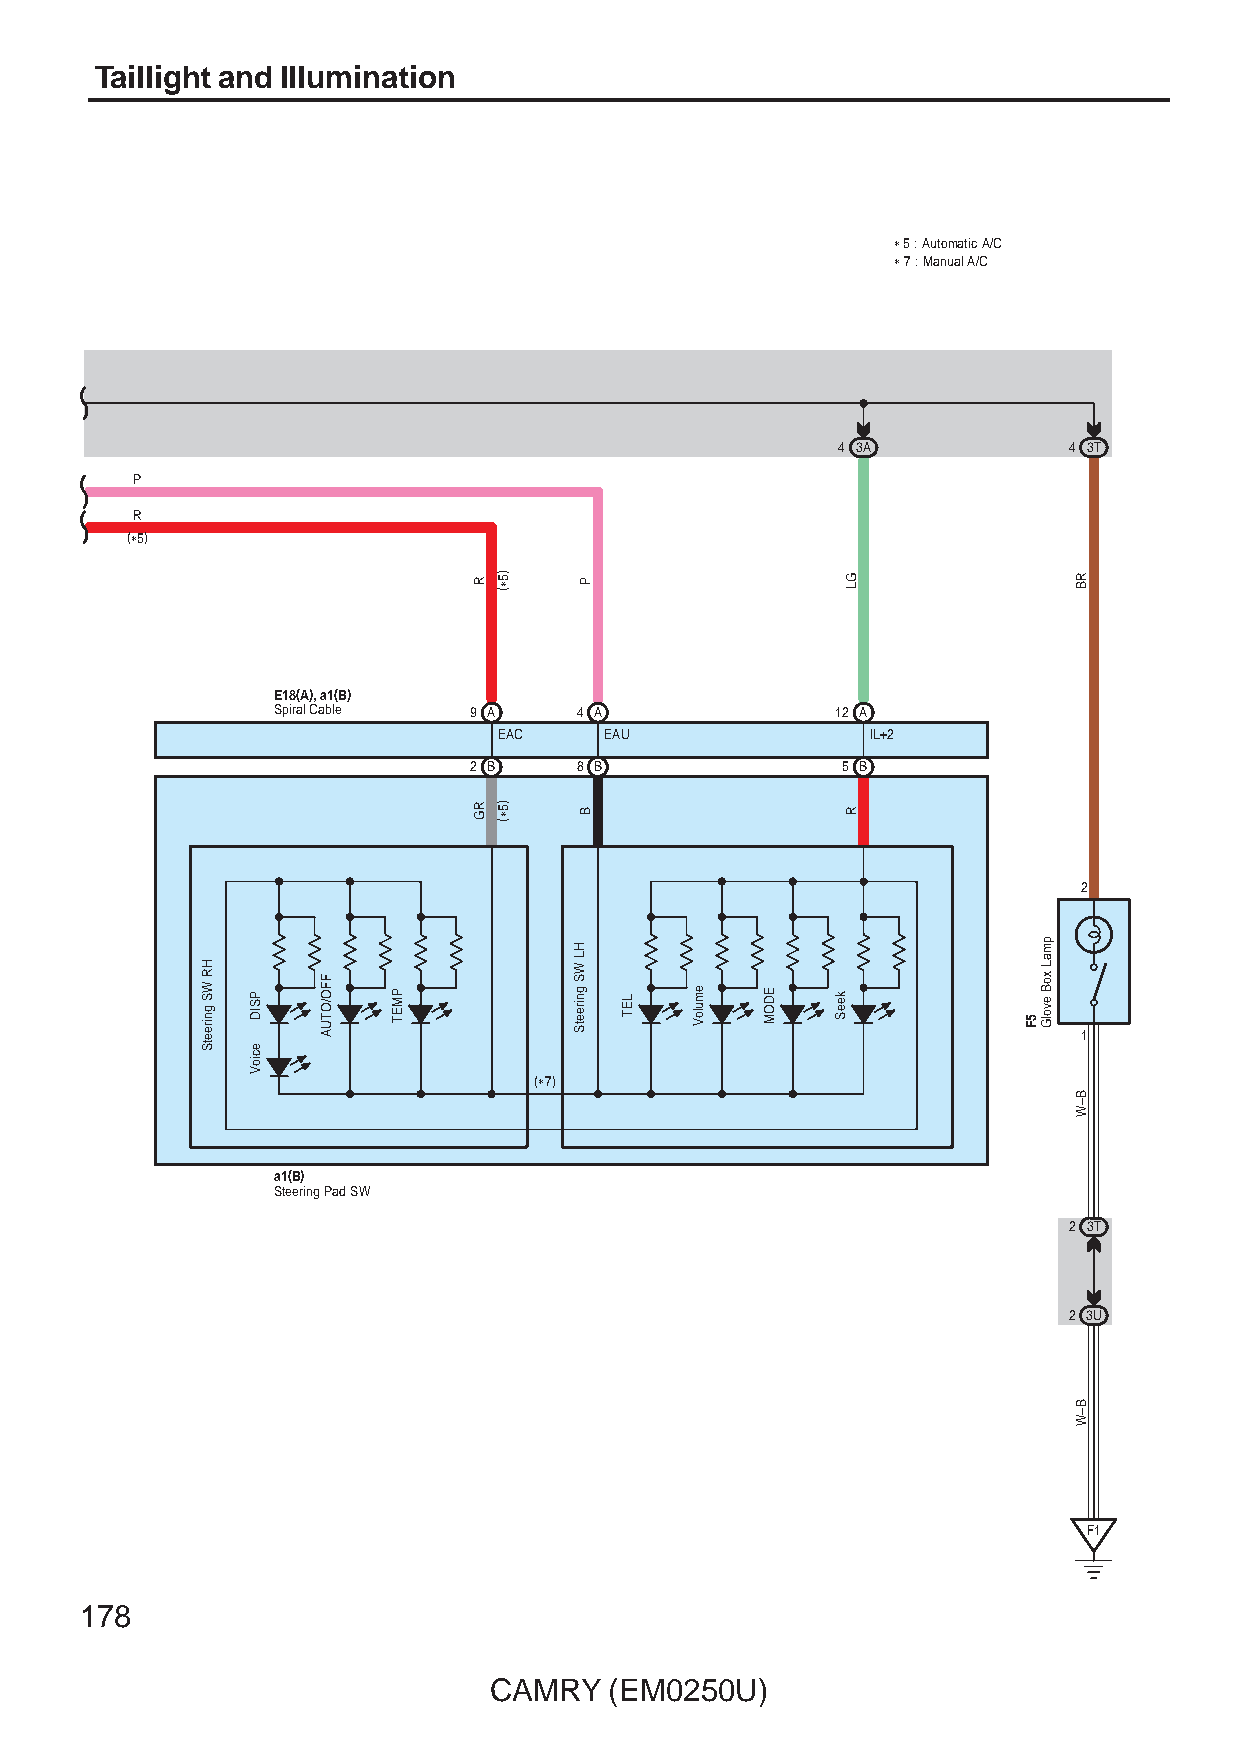
Taillight and Illumination
 ∗ 5 : Automatic A/C
 ∗ 7 : Manual A/C
 4 3A            4 3T
 P
 R
 (∗5)
 E18(A), a1(B)
 Spiral Cable 9 A    4 A              12 A
 EAC    EAU               IL+2
 2 B    8 B               5 B
 2
 1
 (∗7)
 a1(B)
 Steering Pad SW
 2 3T
 2 3U
 F1
 178
 CAMRY   (EM0250U)
 HR
 WS
 gnireetS
 PSID
 ecioV
 FFO/OTUA
 PMET
 R
 RG
 )5∗(
 )5∗(
 P
 B
 HL
 WS
 gnireetS LET emuloV EDOM keeS
 GL
 R
 5F
 pmaL
 xoB
 evolG
 RB
 B–W
 B–W